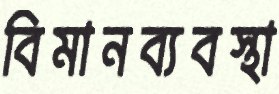
বিমানব্যবস্থা